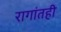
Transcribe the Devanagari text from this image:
रागांतही